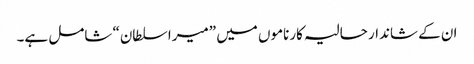
ان کے شاندار حالیہ کارناموں میں ”میرا سلطان“ شامل ہے۔